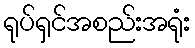
ရုပ်ရှင်အစည်းအရုံး